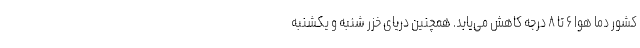
کشور دما هوا ۶ تا ۸ درجه کاهش می‌یابد. همچنین دریای خزر شنبه و یکشنبه